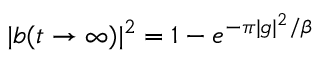
| b ( t \rightarrow \infty ) | ^ { 2 } = 1 - e ^ { - \pi | g | ^ { 2 } / \beta }